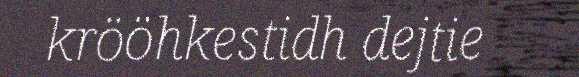
krööhkestidh dejtie